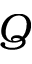
Q